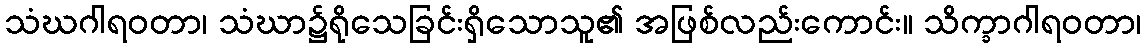
သံဃဂါရဝတာ၊ သံဃာ၌ရိုသေခြင်းရှိသောသူ၏ အဖြစ်လည်းကောင်း။ သိက္ခာဂါရဝတာ၊